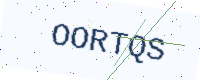
Text: OORTQS